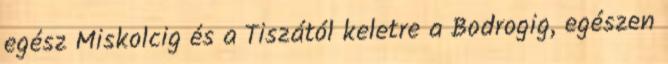
egész Miskolcig és a Tiszától keletre a Bodrogig, egészen